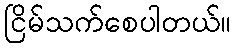
ငြိမ်သက်စေပါတယ်။